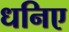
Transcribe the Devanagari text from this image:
धनिए